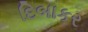
દિબાકર